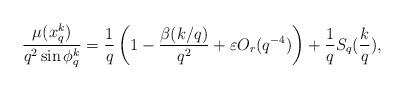
LaTeX: \begin{align*} \frac {\mu(x^k_q)} {q^2 \sin \phi_q^k} = \frac{1}{q} \left (1- \frac{\beta(k/q)}{q^2} + \varepsilon O_r(q^{-4}) \right ) + \frac{1}{q} S_q(\frac{k}{q}), \end{align*}